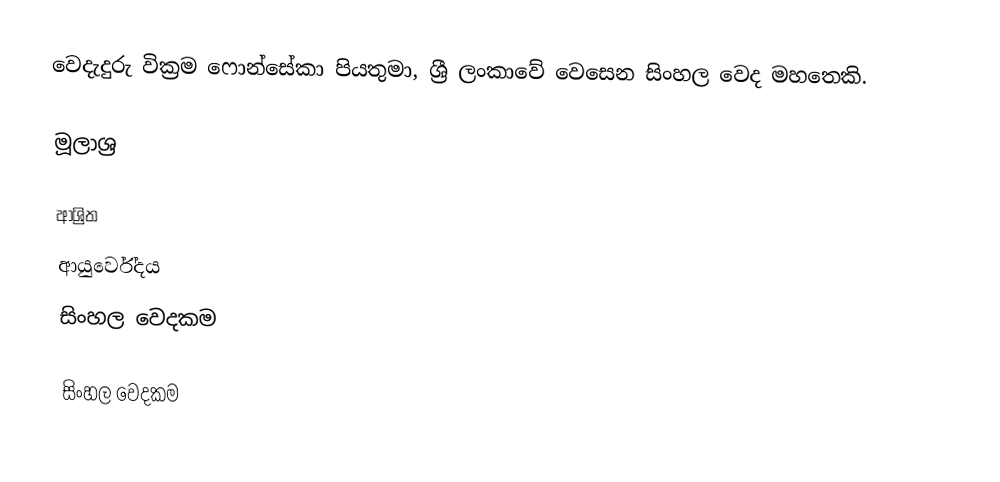
වෙදැදුරු වික්‍රම ෆොන්සේකා පියතුමා, ශ්‍රී ලංකාවේ වෙසෙන සිංහල වෙද මහතෙකි.

මූලාශ්‍ර

ආශ්‍රිත
 ආයුර්වේදය
 සිංහල වෙදකම

සිංහල වෙදකම